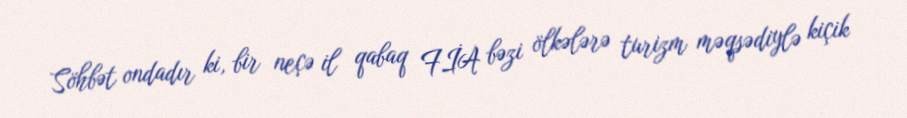
Söhbət ondadır ki, bir neçə il qabaq FİA bəzi ölkələrə turizm məqsədiylə kiçik